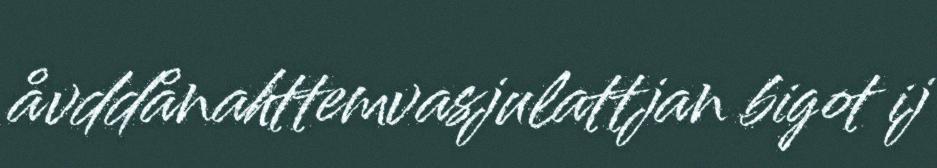
åvddånahttemvasjulattjan bigot ij